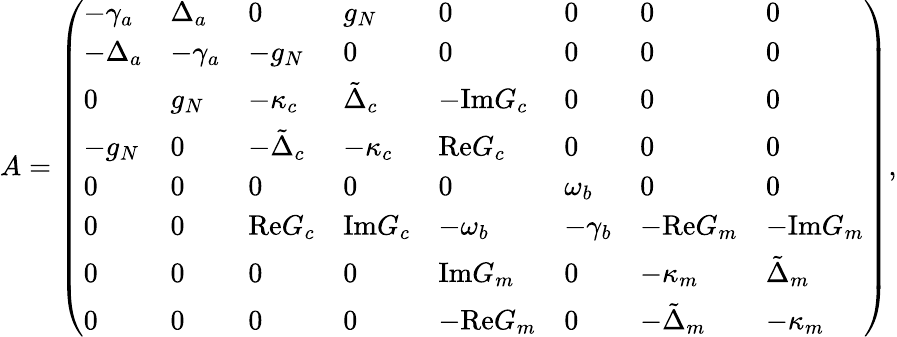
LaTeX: A=\left(\begin{array}{llllllll}{-\gamma_{a}}&{\Delta_{a}}&{0}&{g_{N}}&{0}&{0}&{0}&{0}\\ {-\Delta_{a}}&{-\gamma_{a}}&{-g_{N}}&{0}&{0}&{0}&{0}&{0}\\ {0}&{g_{N}}&{-\kappa_{c}}&{\tilde{\Delta}_{c}}&{-\mathrm{Im}G_{c}}&{0}&{0}&{0}\\ {-g_{N}}&{0}&{-\tilde{\Delta}_{c}}&{-\kappa_{c}}&{\mathrm{Re}G_{c}}&{0}&{0}&{0}\\ {0}&{0}&{0}&{0}&{0}&{\omega_{b}}&{0}&{0}\\ {0}&{0}&{\mathrm{Re}G_{c}}&{\mathrm{Im}G_{c}}&{-\omega_{b}}&{-\gamma_{b}}&{-\mathrm{Re}G_{m}}&{-\mathrm{Im}G_{m}}\\ {0}&{0}&{0}&{0}&{\mathrm{Im}G_{m}}&{0}&{-\kappa_{m}}&{\tilde{\Delta}_{m}}\\ {0}&{0}&{0}&{0}&{-\mathrm{Re}G_{m}}&{0}&{-\tilde{\Delta}_{m}}&{-\kappa_{m}}\end{array}\right),